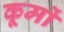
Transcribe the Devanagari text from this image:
कूर्मो